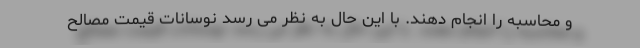
و محاسبه را انجام دهند. با این حال به نظر می رسد نوسانات قیمت مصالح